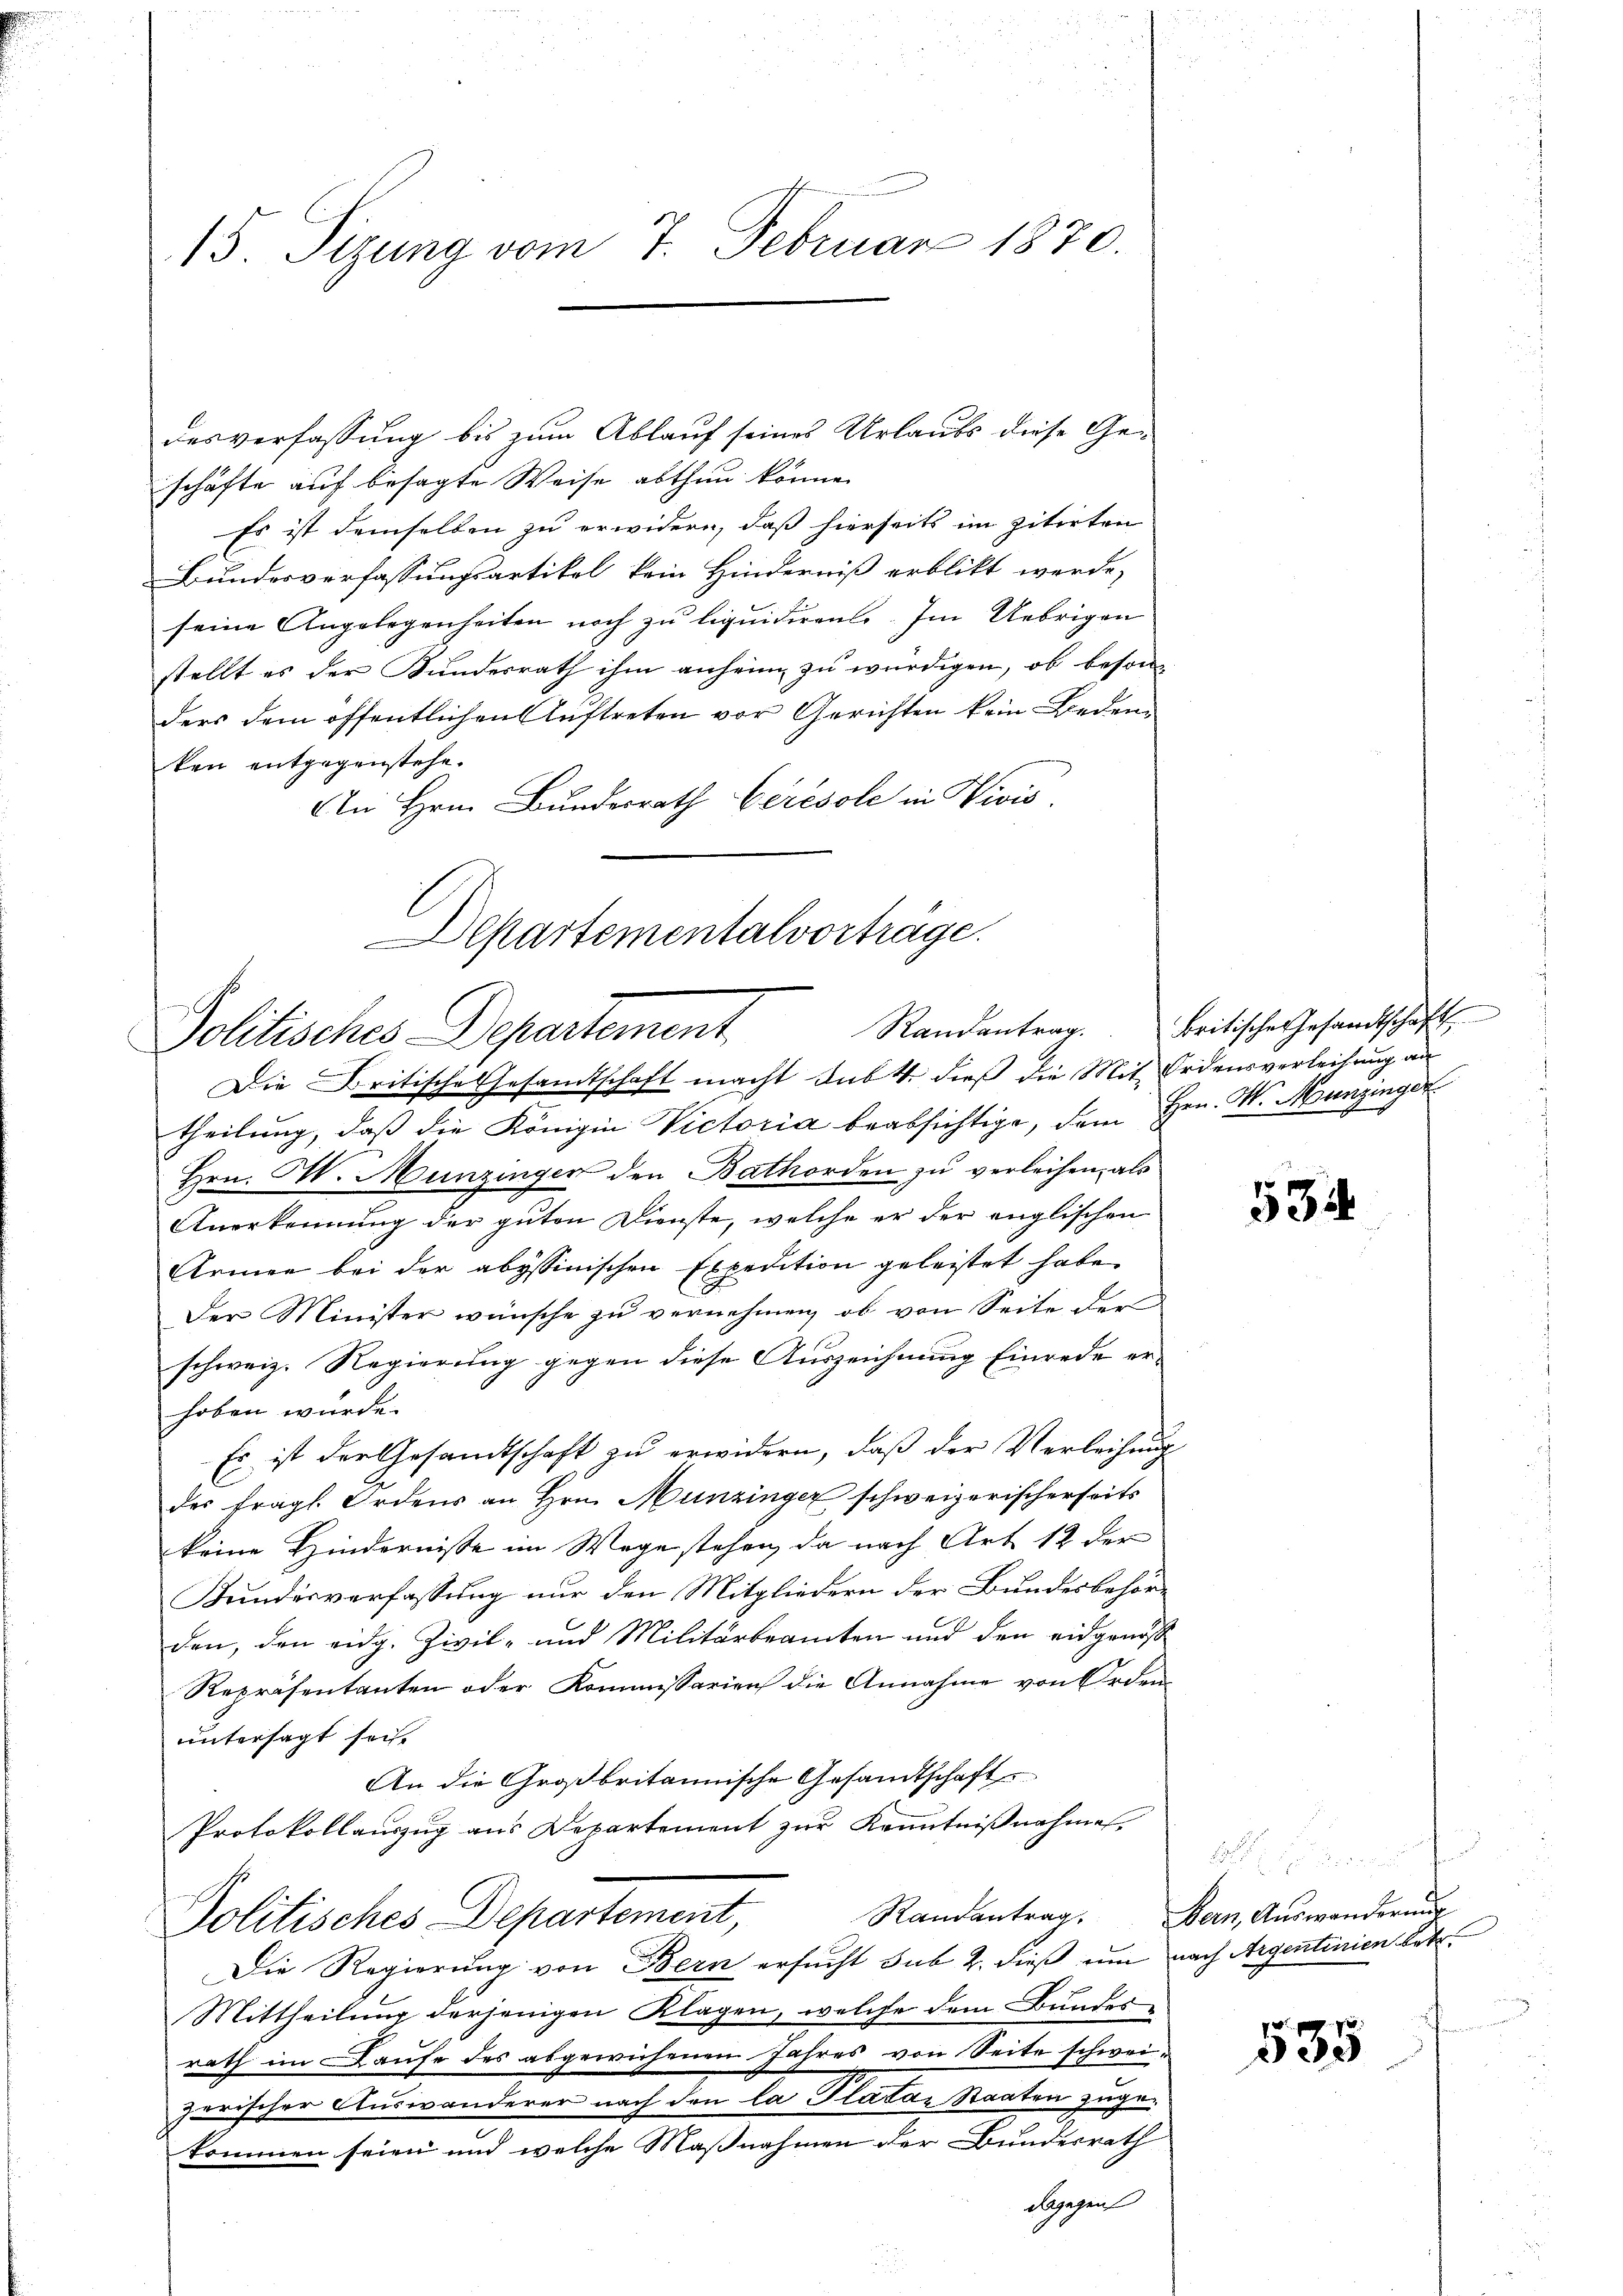
desverfassung bis zum Ablauf seines Urlaubs diese Geschäfte auf besagte Weise abthun könne.
Es ist demselben zu erwidern, daß hierseits im zitirten
Bundesverfassungsartikel kein Hinderniß erblickt werde,
seine Angelegenheiten noch zu liquidiren. Im Uebrigen
stellt es der Kundesrath ihm anheim zu würdigen, ob besonders dem öffentlichen Auftreten vor Gerichten kein Beden
ken entgegenstehe.
An Hrn. Bundesrath Ceresole in Vivis

15 Sizung vom 7. Februar 1870.

Departementalvorträge.
Randantrag.
Politisches Departement,

Die Britische Gesandtschaft macht Sub 4 dieß die Mit Ordensverleihung an
theilung, daß die Königin Victoria beabsichtige, dem Hrn. W. Munzinger
Hrn. M. Munzingen den Bathorden zu verleihen, als
Anerkennung der guten Dienste, welche er der englischen
Armee bei der abyssinischen Expedition geleistet habe.
Der Minister wünsche zu vernehmen, ob von Seite der
schweiz. Regierung gegen diese Auszeichnung Einrede erhoben würde.
Es ist der Gesandtschaft zu erwidern, daß der Verleihung
des fragl. Ordens an Hrn. Munzinger schweizerischerseits
keine Hindernisse im Wege stehen, da nach Art. 12 der
Bundesverfassung nur den Mitgliedern der Bundesbehör¬
.
den, den eidg. Zivil- und Militärbeamten und den eidgenoss
Repräsentanten oder Kommissarien die Annahme von Orden.
untersagt sei.
An die Großbritannische Gesandtschaft
Protokollauszug aus Departement zur Kenntnißnahmen.
Politisches Departement,
Die Regierung von Bern ersucht sub 2. dieß um nach Argentinien betr.
Mittheilung derjenigen Klagen, welche dem Bundes-
rath im Laufe des abgewichenen Jahres von Seite schweizerischer Auswanderer nach den la Platar Staaten zugekommen seien und welche Maßnahmen der Bundesrath
dagegen

britische Gesandtschaft

534

Randantrag. Bern, Auswanderung

535